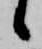
候